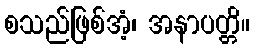
စသည်ဖြစ်အံ့၊ အနာပတ္တိ။